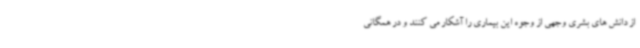
از دانش های بشری وجهی از وجوه این بیماری را آشکار می کنند و در همگانی